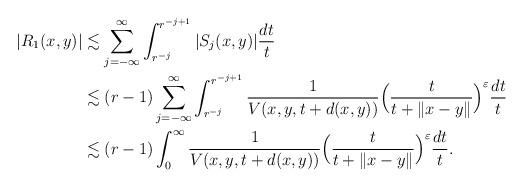
LaTeX: \begin{align*}|R_1(x,y)|&\lesssim \sum\limits_{j=-\infty}^\infty\int_{r^{-j}}^{r^{-j+1}} |S_j(x,y)|\frac{dt}{t} \\&\lesssim (r-1)\sum\limits_{j=-\infty}^\infty\int_{r^{-j}}^{r^{-j+1}} \frac1{V(x,y,t+d(x,y))}\Big(\frac{t}{t+\|x-y\|}\Big)^{\varepsilon}\frac{dt}{t}\\&\lesssim (r-1)\int_{0}^\infty\frac1{V(x,y,t+d(x,y))}\Big(\frac{t}{t+\|x-y\|}\Big)^{\varepsilon}\frac{dt}{t}.\end{align*}